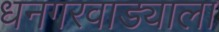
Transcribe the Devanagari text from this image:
धनगरवाड्याला